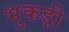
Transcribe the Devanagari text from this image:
भुकड़ी